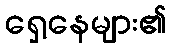
ရှေ့နေများ၏